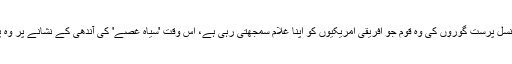
صدیوں سے امریکہ کی سفید نسل پرست گوروں کی وہ قوم جو افریقی امریکیوں کو اپنا غلام سمجھتی رہی ہے، اس وقت 'سیاہ غصے' کی آندھی کے نشانے پر وہ پوری نسل پرستی کا نظام ہے۔